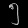
Digit: ၅